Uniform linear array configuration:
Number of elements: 8
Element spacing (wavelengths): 1
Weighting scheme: exponential
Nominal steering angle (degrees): -15
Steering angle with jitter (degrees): -15.381
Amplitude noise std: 0.05
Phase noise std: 0.05

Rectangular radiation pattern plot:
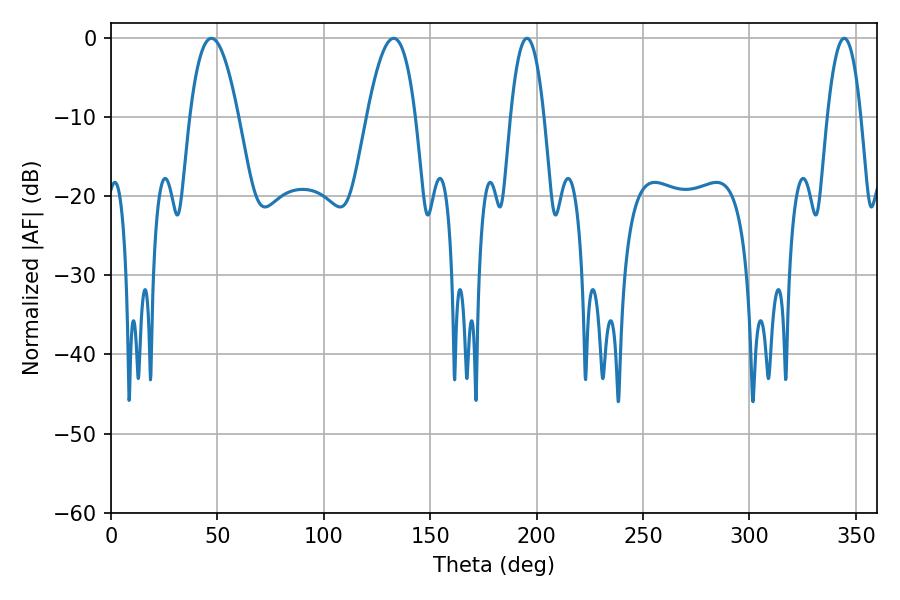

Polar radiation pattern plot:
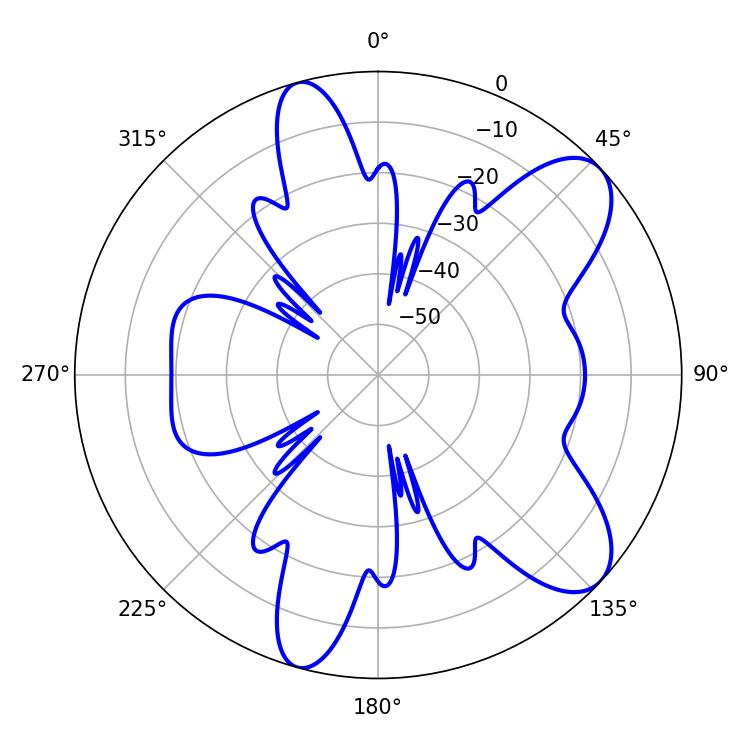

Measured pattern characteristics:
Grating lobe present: TRUE
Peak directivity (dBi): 8.897
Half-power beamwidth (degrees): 12.42
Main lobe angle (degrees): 47.16